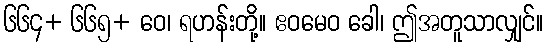
၆၆၄+ ၆၆၅+ ဝေ၊ ရဟန်းတို့။ ဧဝမေဝ ခေါ၊ ဤအတူသာလျှင်။